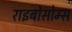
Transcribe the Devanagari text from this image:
राइबोसोम्स